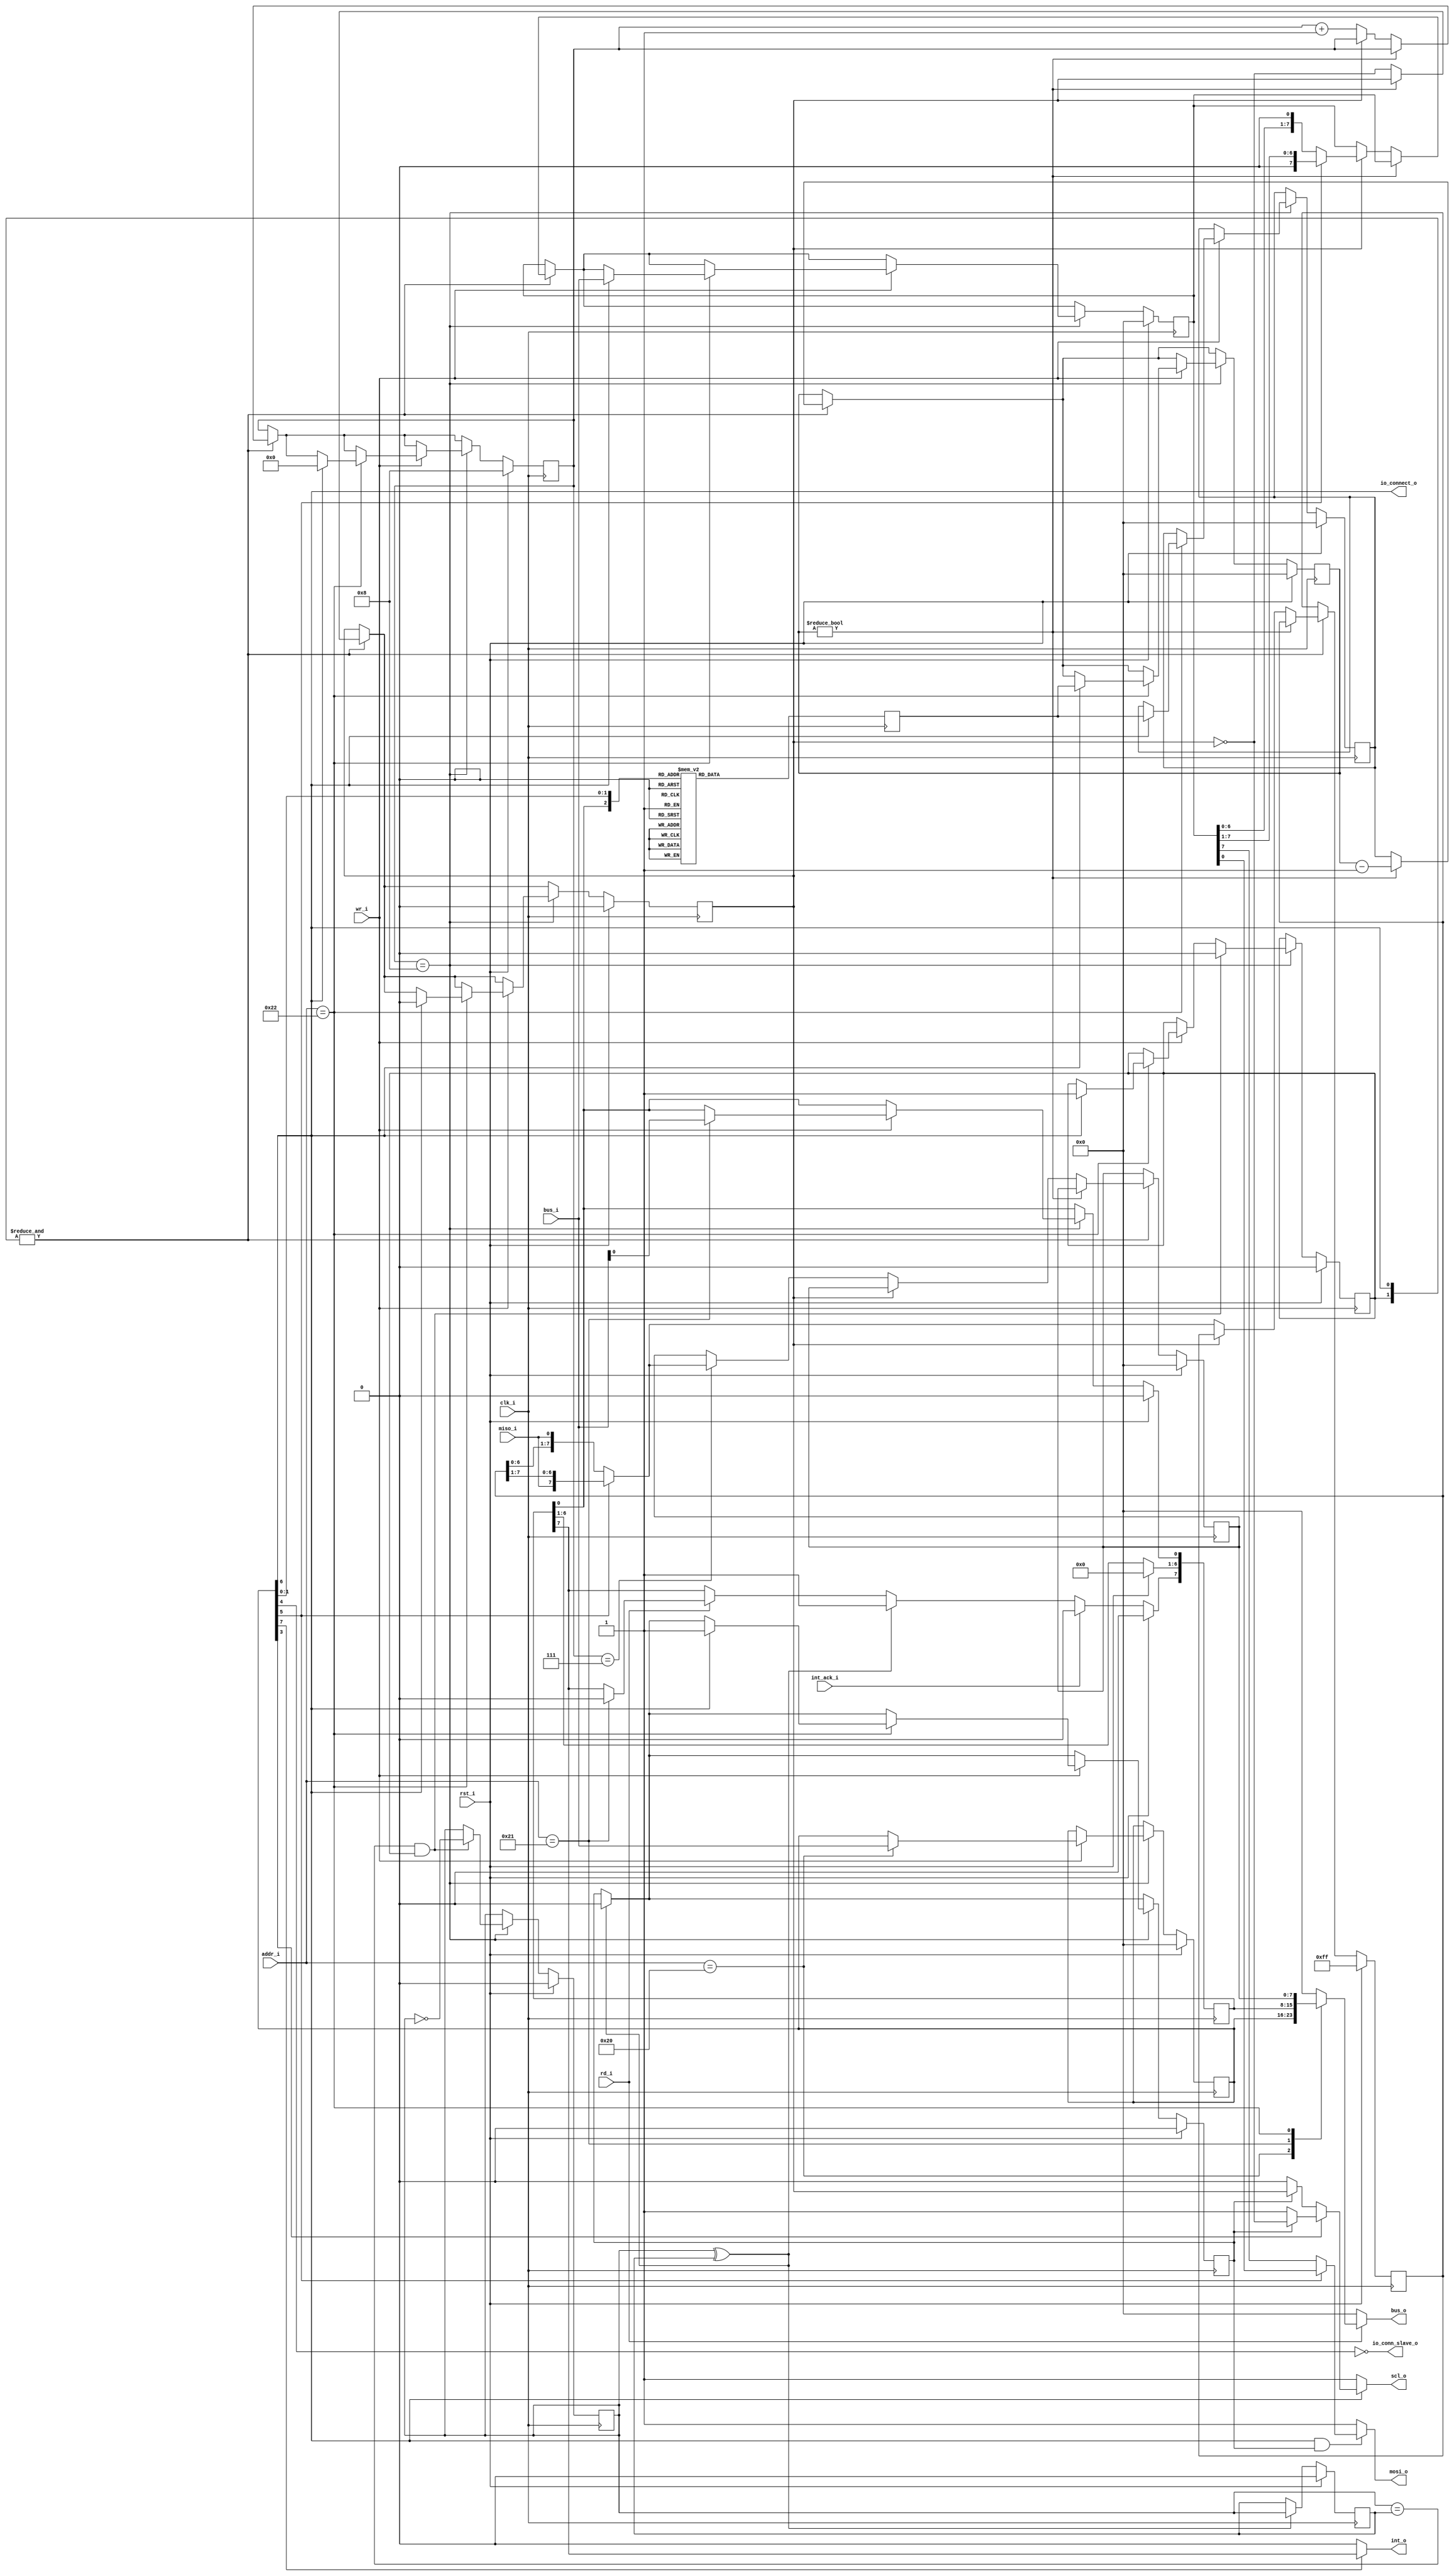
/*
 * This IP is the ATMEGA SPI implementation.
 * 
 * Copyright (C) 2020  Iulian Gheorghiu (morgoth@devboard.tech)
 * 
 * This program is free software; you can redistribute it and/or
 * modify it under the terms of the GNU General Public License
 * as published by the Free Software Foundation; either version 2
 * of the License, or (at your option) any later version.
 * 
 * This program is distributed in the hope that it will be useful,
 * but WITHOUT ANY WARRANTY; without even the implied warranty of
 * MERCHANTABILITY or FITNESS FOR A PARTICULAR PURPOSE.  See the
 * GNU General Public License for more details.
 * 
 * You should have received a copy of the GNU General Public License
 * along with this program; if not, write to the Free Software
 * Foundation, Inc., 51 Franklin Street, Fifth Floor, Boston, MA  02110-1301, USA.
 */

`timescale 1ns / 1ps

`define ATMEGA_SPI_SPCR_INT_EN_bp		7
`define ATMEGA_SPI_SPCR_EN_bp			6
`define ATMEGA_SPI_SPCR_DORD_bp			5
`define ATMEGA_SPI_SPCR_MSTR_bp			4
`define ATMEGA_SPI_SPCR_CPOL_bp			3
`define ATMEGA_SPI_SPCR_CPHA_bp			2 // Not implemented because are very rare the devices that implement this mode.
`define ATMEGA_SPI_SPCR_SPR1_bp			1
`define ATMEGA_SPI_SPCR_SPR0_bp			0

`define ATMEGA_SPI_SPSR_SPIF_bp			7
`define ATMEGA_SPI_SPSR_WCOL_bp			6
`define ATMEGA_SPI_SPSR_SPI2X_bp		0


module atmega_spi_m # (
	parameter PLATFORM = "XILINX",
	parameter BUS_ADDR_DATA_LEN = 8,
	parameter SPCR_ADDR = 'h20,
	parameter SPSR_ADDR = 'h21,
	parameter SPDR_ADDR = 'h22,
	parameter DINAMIC_BAUDRATE = "TRUE",
	parameter BAUDRATE_CNT_LEN = 8,
	parameter BAUDRATE_DIVIDER = 1,
	parameter USE_TX = "TRUE",
	parameter USE_RX = "TRUE"
)(
	input rst_i,
	input clk_i,

	input [BUS_ADDR_DATA_LEN-1:0]addr_i,
	input wr_i,
	input rd_i,
	input [7:0]bus_i,
	output reg [7:0]bus_o,

	output int_o,
	input int_ack_i,
	output io_connect_o,
	output io_conn_slave_o,

	output scl_o,
	input miso_i,
	output mosi_o
	);


reg [7:0]SPCR;
reg [7:0]SPSR;
reg [7:0]SPDR;

reg spi_active;
reg sck_active;
	
localparam WORD_LEN = 4'h8;
localparam PRESCALLER_SIZE = 8;

reg stc_p;
reg stc_n;

reg [7:0]rx_shift_reg;
reg [7:0]tx_shift_reg;

reg [3:0]bit_cnt;

reg [(BAUDRATE_CNT_LEN ? BAUDRATE_CNT_LEN - 1 : 0) : 0]prescaller_cnt;
reg sckint;
reg [(BAUDRATE_CNT_LEN ? BAUDRATE_CNT_LEN - 1 : 0) : 0]prescdemux;
reg [(BAUDRATE_CNT_LEN ? BAUDRATE_CNT_LEN - 1 : 0) : 0]prescdemux_reg;

always @ (*) begin
	bus_o = 8'b00;
	if(rd_i) begin
		case(addr_i)
		SPCR_ADDR: bus_o = SPCR;
		SPSR_ADDR: bus_o = SPSR;
		SPDR_ADDR: bus_o = SPDR;
		endcase
	end
end

always @ (posedge clk_i) begin
	if(DINAMIC_BAUDRATE == "TRUE") begin
		case({SPSR[`ATMEGA_SPI_SPSR_SPI2X_bp], SPCR[`ATMEGA_SPI_SPCR_SPR1_bp], SPCR[`ATMEGA_SPI_SPCR_SPR0_bp]})
			3'b000: prescdemux = 1;
			3'b001: prescdemux = 8;
			3'b010: prescdemux = 32;
			3'b011: prescdemux = 64;
			3'b100: prescdemux = 0;
			3'b101: prescdemux = 4;
			3'b110: prescdemux = 16;
			3'b111: prescdemux = 32;
		endcase
	end else begin
		prescdemux = BAUDRATE_DIVIDER;
	end
end

always @ (posedge clk_i) begin
	if(rst_i) begin
		stc_n <= 1'b0;
		SPCR <= 8'h00;
		SPSR <= 8'h00;
		SPDR <= 8'h00;
		tx_shift_reg <= 8'h00;
		rx_shift_reg <= 8'hFF;
		prescaller_cnt <= 'h00;
		prescdemux_reg <= 8'h0;
		bit_cnt <= WORD_LEN;
		sckint <= 1'b0;
		stc_p <= 1'b0;
		spi_active <= 1'b0;
		sck_active <= 1'b0;
	end else begin
		if(&{SPCR[`ATMEGA_SPI_SPCR_EN_bp], spi_active}) begin
			if(prescaller_cnt/* & BAUDRATE_CNT_LEN != 0*/) begin
				prescaller_cnt <= prescaller_cnt - 8'h1;
			end else begin
				prescaller_cnt <= prescdemux_reg;
				sckint <= ~sckint;
//rx
				if(~sckint) begin
					bit_cnt <= bit_cnt + 4'd1;
					if(USE_RX == "TRUE") begin
						if(bit_cnt == WORD_LEN - 1) begin
							if(SPCR[`ATMEGA_SPI_SPCR_DORD_bp] == 1'b0) begin
								SPDR <= {rx_shift_reg[WORD_LEN - 2:0], miso_i};
							end else begin
								SPDR <= {miso_i, rx_shift_reg[WORD_LEN - 1:1]};
							end
						end
						if(SPCR[`ATMEGA_SPI_SPCR_DORD_bp] == 1'b0) begin
							rx_shift_reg <= {rx_shift_reg[WORD_LEN - 2:0], miso_i};
						end else begin
							rx_shift_reg <= {miso_i, rx_shift_reg[WORD_LEN - 1:1]};
						end
					end
				end else begin
//tx
					if(USE_TX == "TRUE") begin
						if(~SPCR[`ATMEGA_SPI_SPCR_DORD_bp]) begin
							tx_shift_reg <= {tx_shift_reg[WORD_LEN - 2:0], 1'b0};
						end else begin
							tx_shift_reg <= {1'b0, tx_shift_reg[WORD_LEN - 1:1]};
						end
					end
				end
			end
		end
		if(rd_i) begin
			case(addr_i)
				SPSR_ADDR: begin
					SPSR[`ATMEGA_SPI_SPSR_SPIF_bp] <= 1'b0;
					if(stc_p ^ stc_n) begin
						SPSR[`ATMEGA_SPI_SPSR_SPIF_bp] <= 1'b1;
						stc_n <= stc_p;
						sck_active <= 1'b0;
					end	
				end
			endcase
		end
		if(stc_p ^ stc_n) begin
			SPSR[`ATMEGA_SPI_SPSR_SPIF_bp] <= 1'b1;
			stc_n <= stc_p;
			sck_active <= 1'b0;
		end	
		if(int_ack_i) begin
			SPSR[`ATMEGA_SPI_SPSR_SPIF_bp] <= 1'b0;
		end
		if(bit_cnt == WORD_LEN) begin
			if(wr_i) begin
				case(addr_i)
				SPCR_ADDR: SPCR <= bus_i;
				SPSR_ADDR: SPSR[0] <= bus_i[0];
				SPDR_ADDR: begin
					if(SPCR[`ATMEGA_SPI_SPCR_EN_bp]) begin
						tx_shift_reg <= bus_i;
						bit_cnt <= 4'h0;
						prescaller_cnt <= prescdemux;
						prescdemux_reg <= prescdemux;
						sckint <= 1'b0;
						spi_active <= 1'b1;
						sck_active <= 1'b1;
					end
				end
				endcase
			end
			if(stc_p == stc_n && spi_active) begin
				stc_p <= ~stc_p;
				spi_active <= 1'b0;
			end
		end
	end
end

assign int_o = SPCR[`ATMEGA_SPI_SPCR_INT_EN_bp] ? SPSR[`ATMEGA_SPI_SPSR_SPIF_bp] : 1'b0;
assign scl_o = SPCR[`ATMEGA_SPI_SPCR_EN_bp] ? ((SPCR[`ATMEGA_SPI_SPCR_CPOL_bp]) ? (sck_active ? ~sckint : 1'b1) : (sck_active ? sckint : 1'b0)) : 1'b1;
assign mosi_o = (SPCR[`ATMEGA_SPI_SPCR_EN_bp] & sck_active) ? (SPCR[`ATMEGA_SPI_SPCR_DORD_bp] ? tx_shift_reg[0] : tx_shift_reg[WORD_LEN - 1]) : 1'b1;
assign io_connect_o = SPCR[`ATMEGA_SPI_SPCR_EN_bp];
assign io_conn_slave_o = ~SPCR[`ATMEGA_SPI_SPCR_MSTR_bp];

endmodule